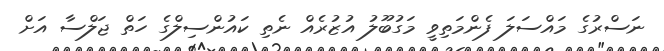
ނަސްރުގެ މައްސަލަ ފެންމަތިވީ މަގުބޫލު އުޒުރެއް ނެތި ކައުންސިލްގެ ހަތް ޖަލްސާ އަށް